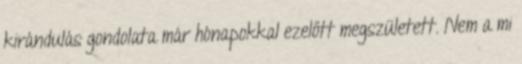
kirándulás gondolata már hónapokkal ezelőtt megszületett. Nem a mi